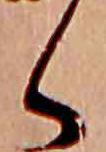
く